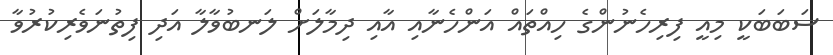
ސަބަބަކީ މިއީ ފިރިހެނުންގެ ހިއްތައް އަންހެނާއި އާއި ދިމާލަށް ލަނބުވާލާ އަދި ފިތުނަވެރިކުރުވާ